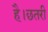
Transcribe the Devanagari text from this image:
है।छतरी